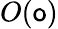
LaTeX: O(\mathsf{o})